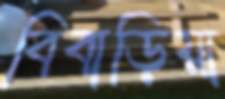
বিবাড়িয়া